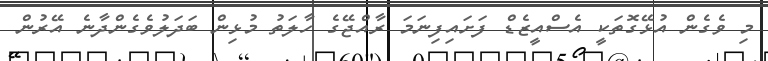
މި ވެގެން އުޅޭގޮތަކީ އެސްއީޒެޑް ފަށައިފިނަމަ ރާއްޖޭގެ ހާލަތު މުޅިން ބަދަލުވެގެންދާނެ އޭރުން